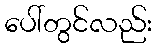
ပေါ်တွင်လည်း